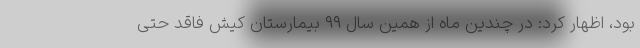
بود، اظهار کرد: در چندین ماه از همین سال ۹۹ بیمارستان کیش فاقد حتی